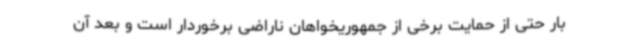
بار حتی از حمایت برخی از جمهوریخواهان ناراضی برخوردار است و بعد آن